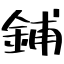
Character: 鋪